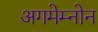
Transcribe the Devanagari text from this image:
अगमेम्नोन